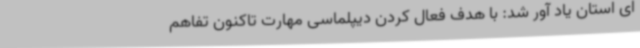
ای استان یاد آور شد: با هدف فعال کردن دیپلماسی مهارت تاکنون تفاهم